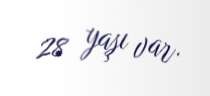
28 yaşı var.